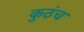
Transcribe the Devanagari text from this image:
कुठंच